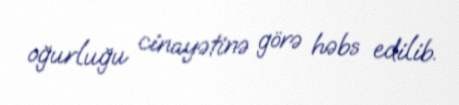
oğurluğu cinayətinə görə həbs edilib.